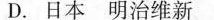
D.日本明治维新